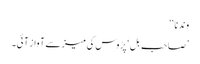
وندنا ‘‘
’صاحب بِل‘ پڑوس کی میز سے آواز آئی۔